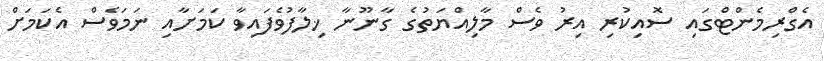
އެގްރިމެންޓްގައި ސޮއިކުރި އިރު ވެސް މާލިއްޔަތުގެ ގާނޫނާ ޚިލާފުވެފައިވާ ކަމަށާއި ނަމަވެސް އެކަމަށް